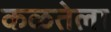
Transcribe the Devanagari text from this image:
कळतेला